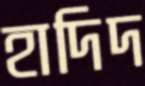
হাদিদ